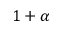
1 + \alpha